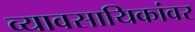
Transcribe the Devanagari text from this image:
व्यावसायिकांवर